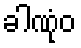
ခါဏုံဝ